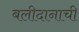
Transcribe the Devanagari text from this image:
बलीदानाची